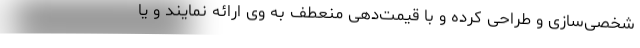
شخصی‌سازی و طراحی کرده و با قیمت‌دهی منعطف به وی ارائه نمایند و یا